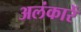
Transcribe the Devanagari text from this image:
अलंकारें